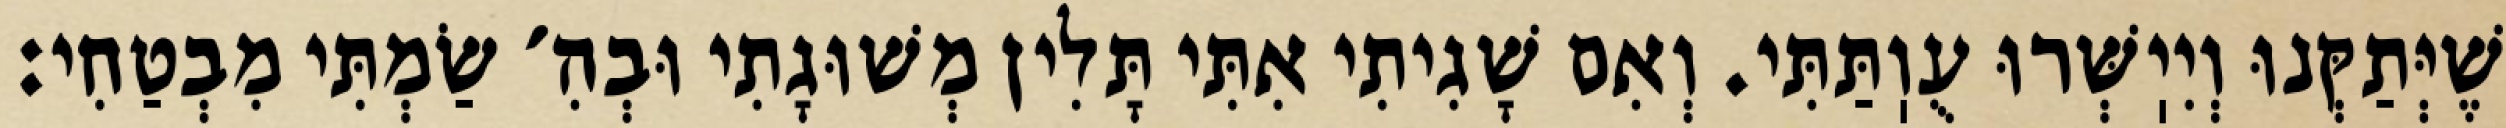
שֶׁיְּתַקְּנוּ וְיִיֽשְּׁרוּ עֻוֽתַּתִּי. וְאִם שָׁגִיתִי אִתִּי תָּלִין מְשׁוּגָתִי וּבְהִ׳ שַׂמְתִּי מִבְטַחִי: